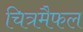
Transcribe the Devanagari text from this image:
चित्रमैफल